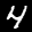
Label: 4